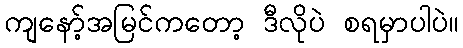
ကျနော့်အမြင်ကတော့ ဒီလိုပဲ စရမှာပါပဲ။